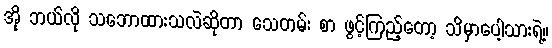
အို ဘယ်လို သဘောထားသလဲဆိုတာ သေတမ်း စာ ဖွင့်ကြည့်တော့ သိမှာပေါ့သားရဲ့။